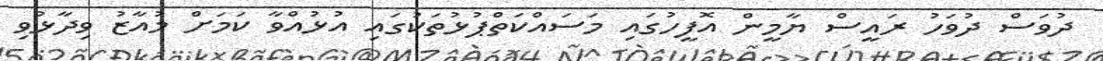
ދުވަސް ދުވަހު ރައީސް ޔާމީން އޮފީހުގައި މަސައްކަތްޕުޅުތަކުގައި އުޅުއްވާ ކަމަށް މުއާޒު ވިދާޅުވި